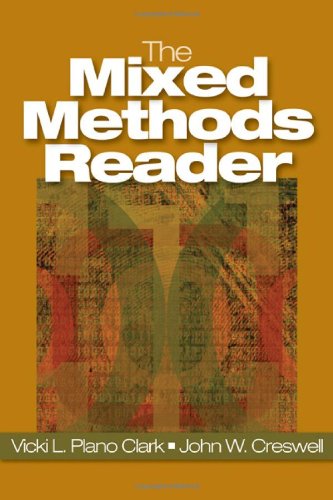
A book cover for The Mixed Methods Reader; Politics & Social Sciences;